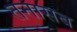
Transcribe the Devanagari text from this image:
तनासब